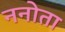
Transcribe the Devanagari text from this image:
ननोता